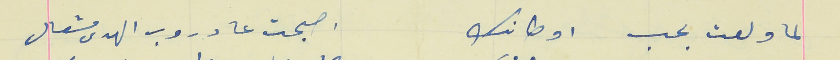
لما ولعت بحب اوطانك                                اصبحت عا دروب الهدى مشعال